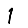
Digit: 1